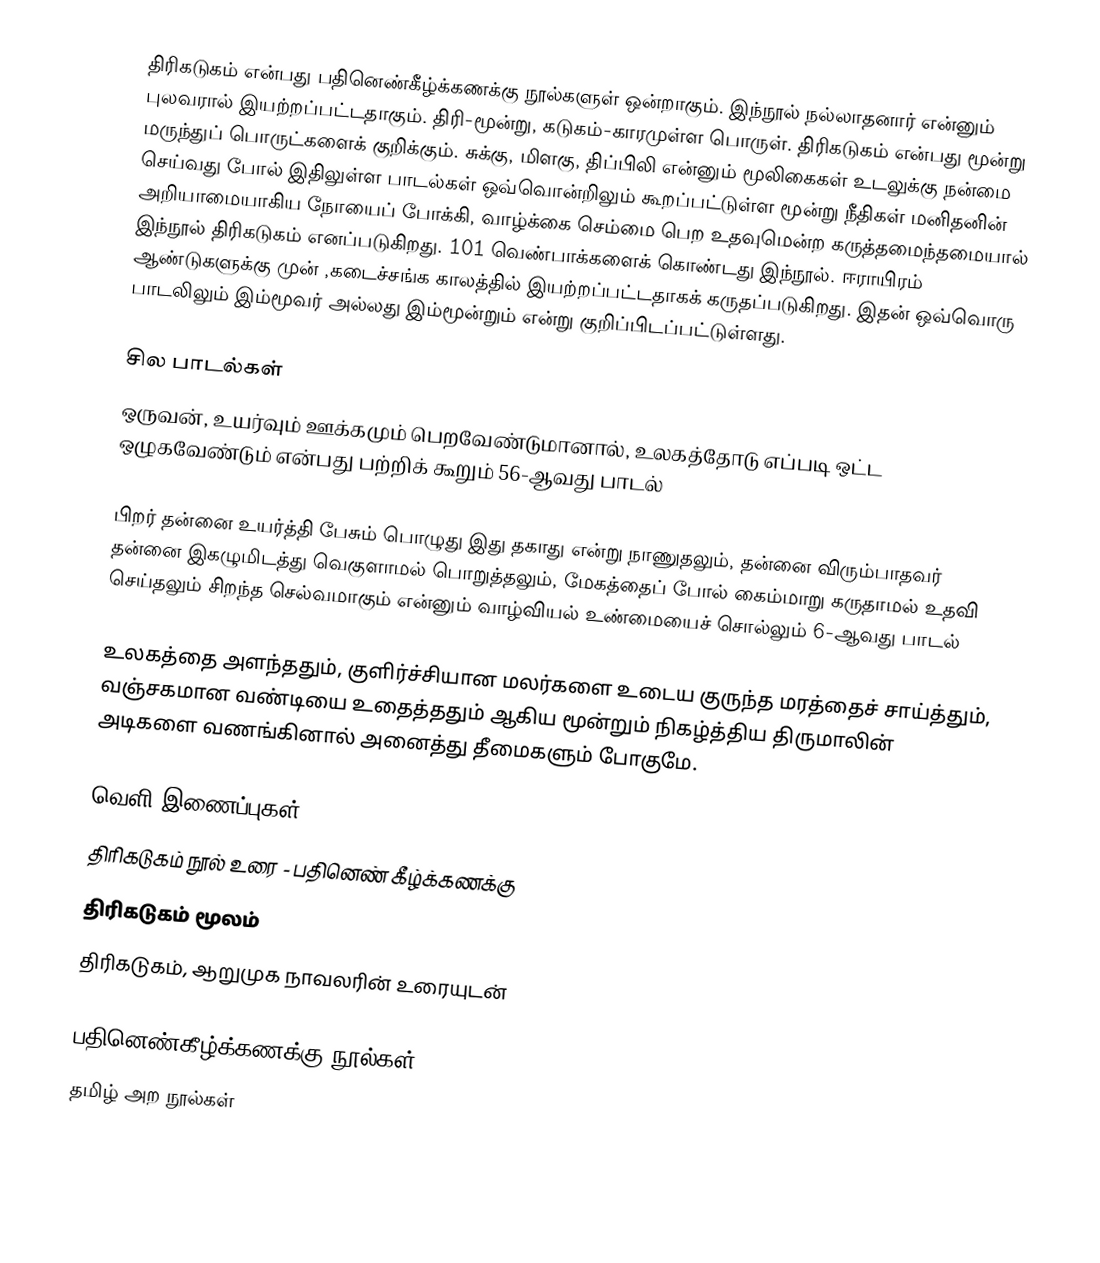
திரிகடுகம் என்பது பதினெண்கீழ்க்கணக்கு நூல்களுள் ஒன்றாகும். இந்நூல் நல்லாதனார் என்னும் புலவரால் இயற்றப்பட்டதாகும். திரி-மூன்று, கடுகம்-காரமுள்ள பொருள்.  திரிகடுகம் என்பது மூன்று மருந்துப் பொருட்களைக் குறிக்கும். சுக்கு, மிளகு, திப்பிலி என்னும் மூலிகைகள் உடலுக்கு நன்மை செய்வது போல் இதிலுள்ள பாடல்கள் ஒவ்வொன்றிலும் கூறப்பட்டுள்ள மூன்று நீதிகள் மனிதனின் அறியாமையாகிய நோயைப் போக்கி, வாழ்க்கை செம்மை பெற உதவுமென்ற கருத்தமைந்தமையால் இந்நூல் திரிகடுகம் எனப்படுகிறது. 101 வெண்பாக்களைக் கொண்டது இந்நூல். ஈராயிரம் ஆண்டுகளுக்கு முன் ,கடைச்சங்க காலத்தில் இயற்றப்பட்டதாகக் கருதப்படுகிறது. இதன் ஒவ்வொரு பாடலிலும் இம்மூவர் அல்லது இம்மூன்றும் என்று குறிப்பிடப்பட்டுள்ளது.

சில பாடல்கள்
ஒருவன், உயர்வும் ஊக்கமும் பெறவேண்டுமானால், உலகத்தோடு எப்படி ஒட்ட ஒழுகவேண்டும் என்பது பற்றிக் கூறும் 56-ஆவது பாடல்

பிறர் தன்னை உயர்த்தி பேசும் பொழுது இது தகாது என்று நாணுதலும், தன்னை விரும்பாதவர் தன்னை இகழுமிடத்து வெகுளாமல் பொறுத்தலும், மேகத்தைப் போல் கைம்மாறு கருதாமல் உதவி  செய்தலும் சிறந்த செல்வமாகும் என்னும் வாழ்வியல் உண்மையைச் சொல்லும் 6-ஆவது பாடல்

உலகத்தை அளந்ததும், குளிர்ச்சியான மலர்களை உடைய குருந்த மரத்தைச் சாய்த்தும், வஞ்சகமான வண்டியை உதைத்ததும் ஆகிய மூன்றும் நிகழ்த்திய திருமாலின் அடிகளை வணங்கினால் அனைத்து தீமைகளும் போகுமே.

வெளி இணைப்புகள்
 திரிகடுகம் நூல் உரை - பதினெண் கீழ்க்கணக்கு
 திரிகடுகம் மூலம்
 திரிகடுகம், ஆறுமுக நாவலரின் உரையுடன்

பதினெண்கீழ்க்கணக்கு நூல்கள்
தமிழ் அற நூல்கள்